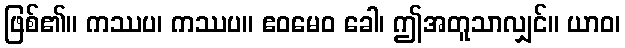
ဖြစ်၏။ ကဿပ၊ ကဿပ။ ဧဝမေဝ ခေါ၊ ဤအတူသာလျှင်။ ယာဝ၊